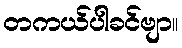
တကယ်ပါခင်ဗျာ။